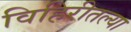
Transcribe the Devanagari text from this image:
विहिरीतल्या